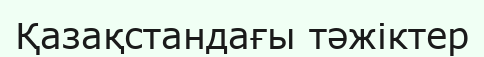
Қазақстандағы тәжіктер